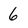
Character: 6